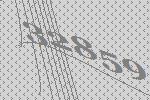
32859